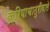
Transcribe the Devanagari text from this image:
क्रियाचातुरीवाले